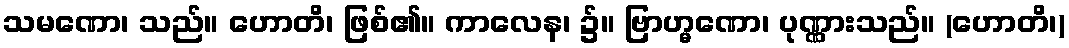
သမဏော၊ သည်။ ဟောတိ၊ ဖြစ်၏။ ကာလေန၊ ၌။ ဗြာဟ္မဏော၊ ပုဏ္ဏားသည်။ (ဟောတိ၊)